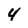
Character: 4